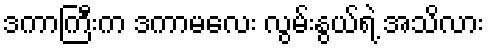
ဒကာကြီးက ဒကာမလေး လွမ်းနွယ်ရဲ့ အသိလား